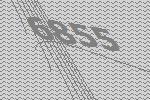
6855